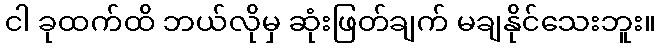
ငါ ခုထက်ထိ ဘယ်လိုမှ ဆုံးဖြတ်ချက် မချနိုင်သေးဘူး။